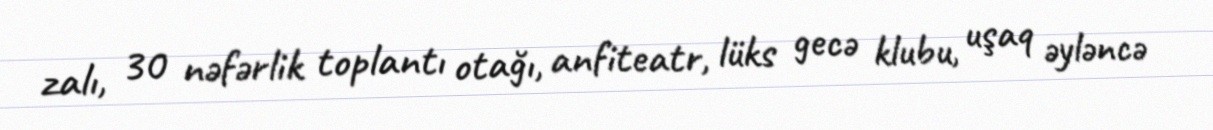
zalı, 30 nəfərlik toplantı otağı, anfiteatr, lüks gecə klubu, uşaq əyləncə